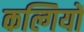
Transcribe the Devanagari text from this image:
कल्गियों